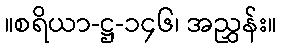
။စရိယာ-ဋ္ဌ-၁၄၆၊ အညွှန်း။